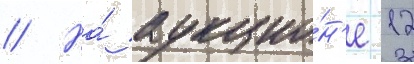
// На́ аукцио́н'е 12